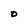
Character: 0